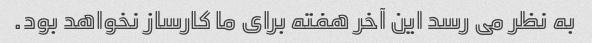
به نظر می رسد این آخر هفته برای ما کارساز نخواهد بود.